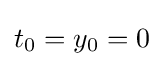
t_{0}=y_{0}=0